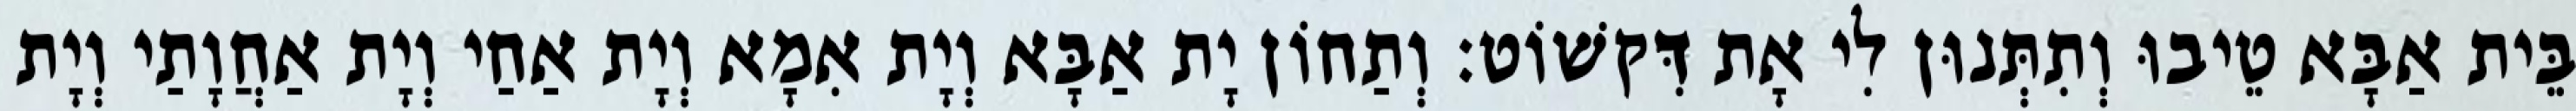
בֵּית אַבָּא טֵיבוּ וְתִתְּנוּן לִי אָת דִּקשׁוֹט׃ וְתַחוֹן יָת אַבָּא וְיָת אִמָא וְיָת אַחַי וְיָת אַחֲוָתַי וְיָת